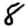
Digit: 8